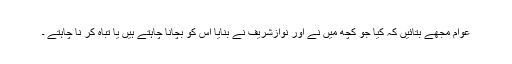
عوام مجھے بتائیں کہ کیا جو کچھ میں نے اور نوازشریف نے بنایا اس کو بچانا چاہتے ہیں یا تباہ کر نا چاہتے ۔